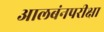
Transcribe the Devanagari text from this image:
आलबंनपरीक्षा